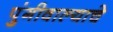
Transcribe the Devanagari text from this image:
पुंगीवाल्याचे